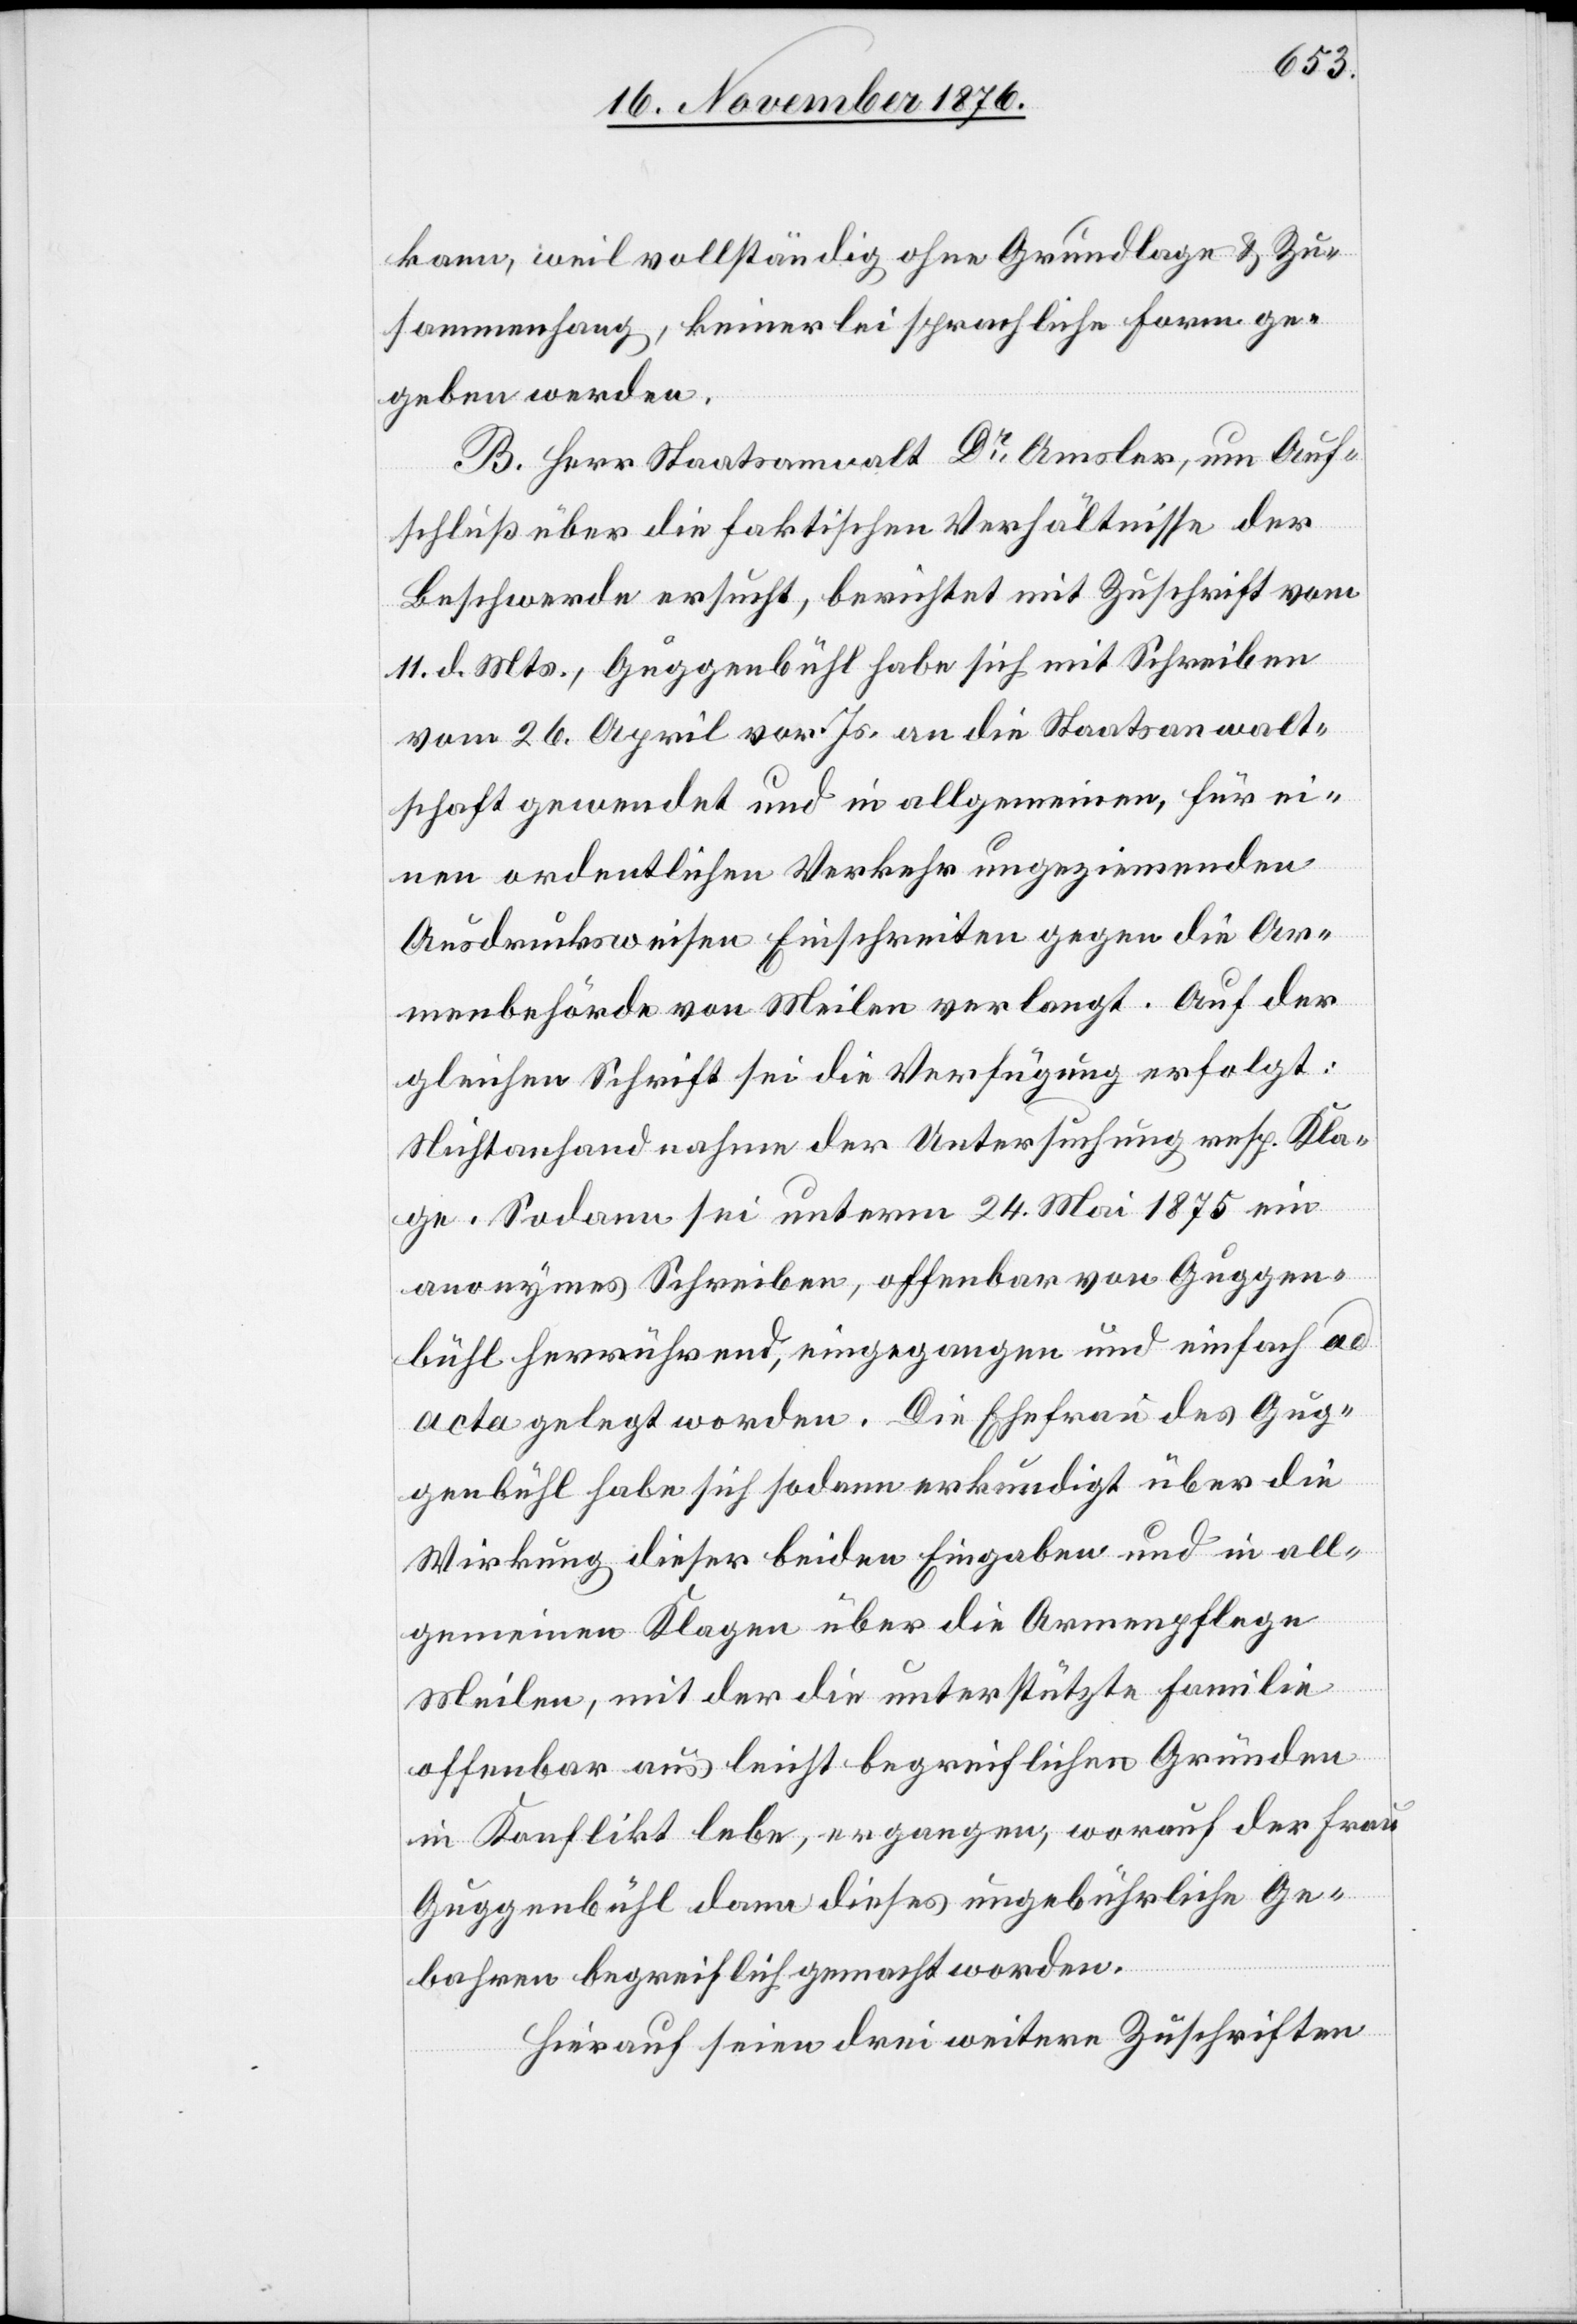
kann, weil vollständig ohne Grundlage & Zu¬
sammenhang, keinerlei sprachliche Form ge¬
geben werden.
B. Herr Staatsanwalt Dr Amsler, um Auf¬
schluß über die faktischen Verhältnisse der
Beschwerde ersucht, berichtet mit Zuschrift vom
11. d. Mts., Guggenbühl habe sich mit Schreiben
vom 26. April vor. Js. an die Staatsanwalt¬
schaft gewendet und in allgemeinen, für ei¬
nen ordentlichen Verkehr ungeziemenden
Ausdrucksweisen Einschreiten gegen die Ar¬
menbehörde von Meilen verlangt. Auf der
gleichen Schrift sei die Verfügung erfolgt:
Nichtanhandnahme der Untersuchung resp. Kla¬
ge. Sodann sei unterm 24. Mai 1875 ein
anonymes Schreiben, offenbar von Guggen¬
bühl herrührend, eingegangen und einfach ad
acta gelegt worden. Die Ehefrau des Gug¬
genbühl habe sich sodann erkundigt über die
Wirkung dieser beiden Eingaben und in all¬
gemeinen Klagen über die Armenpflege
Meilen, mit der die unterstützte Familie
offenbar aus leicht begreiflichen Gründen
in Konflikt lebe, ergangen, worauf der Frau
Guggenbühl dann dieses ungebührliche Ge¬
baren begreiflich gemacht worden.
Hierauf seien drei weitere Zuschriften